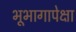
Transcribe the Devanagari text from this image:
भूभागापेक्षा